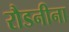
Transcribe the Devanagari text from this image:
रौडनीना